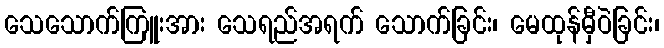
သေသောက်ကြူးအား သေရည်အရက် သောက်ခြင်း၊ မေထုန်မှီဝဲခြင်း၊